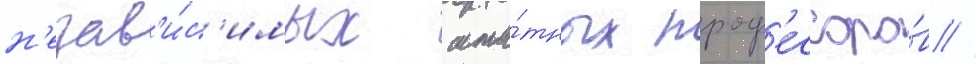
н'езав'и́с'имых шта́тных проф'ессоро́в //